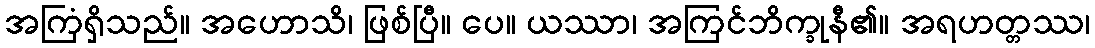
အကြံရှိသည်။ အဟောသိ၊ ဖြစ်ပြီ။ ပေ။ ယဿာ၊ အကြင်ဘိက္ခုနီ၏။ အရဟတ္တဿ၊